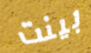
بينت